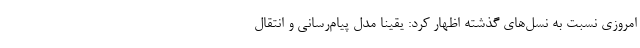
امروزی نسبت به نسل‌های گذشته اظهار کرد: یقینا مدل پیام‌رسانی و انتقال